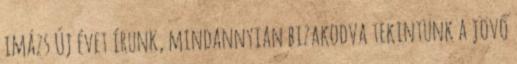
imázs Új évet írunk, mindannyian bizakodva tekintünk a jövő